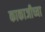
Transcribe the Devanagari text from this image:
काकाजीच्या